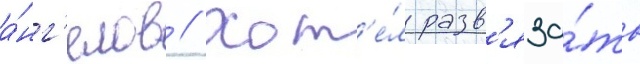
а́нг'елов // Хот'е́л разв'яза́ть